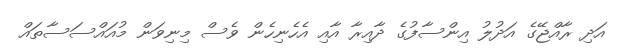
އަދި ރާއްޖޭގެ އަދުލު އިންސާފުގެ ދާއިރާ އާއި އެހެނިހެން ވެސް މިނިވަން މުއައްސަސާތައް